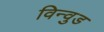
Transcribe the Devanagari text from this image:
विन्वुड